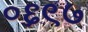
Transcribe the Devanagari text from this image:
०६९७